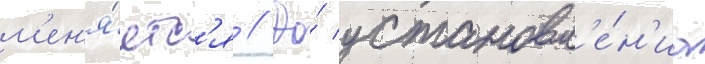
м'ен'я́етс'я // До́ установл'е́н'иа